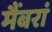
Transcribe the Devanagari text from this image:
मैंबरां